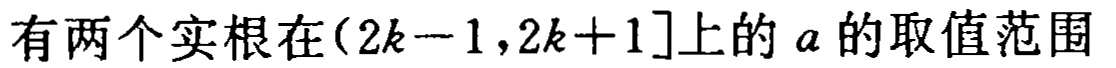
有两个实根在\((2k - 1,2k + 1]\)上的\(a\)的取值范围